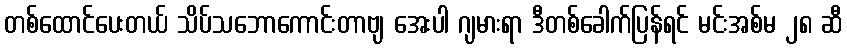
တစ်ထောင်ပေးတယ် သိပ်သဘောကောင်းတာဗျ အေးပါ ဂျမားရာ ဒီတစ်ခေါက်ပြန်ရင် မင်းအစ်မ ၂၈ ဆီ